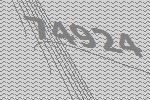
74924